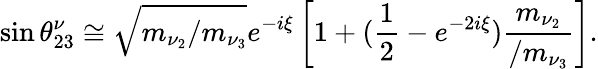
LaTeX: \sin\theta_{23}^{\nu}\cong\sqrt{m_{\nu_{2}}/m_{\nu_{3}}}e^{-i\xi}\left[1+(\frac{1}{2}-e^{-2i\xi})\frac{m_{\nu_{2}}}{/m_{\nu_{3}}}\right].